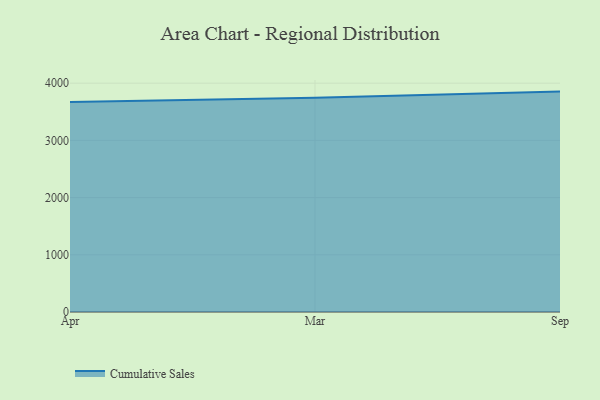
{"axis": {"x": "Month", "y": "Inventory Turnover"}, "legend": ["Cumulative Sales"], "data": [{"x": "Apr", "y": 3668.9, "type": "Cumulative Sales"}, {"x": "Mar", "y": 3744.4, "type": "Cumulative Sales"}, {"x": "Sep", "y": 3852.8, "type": "Cumulative Sales"}]}